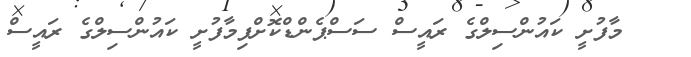
މާފުށީ ކައުންސިލްގެ ރައީސް ސަސްޕެންޑްކޮށްފިމާފުށީ ކައުންސިލްގެ ރައީސް